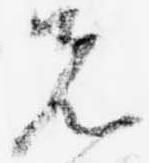
先